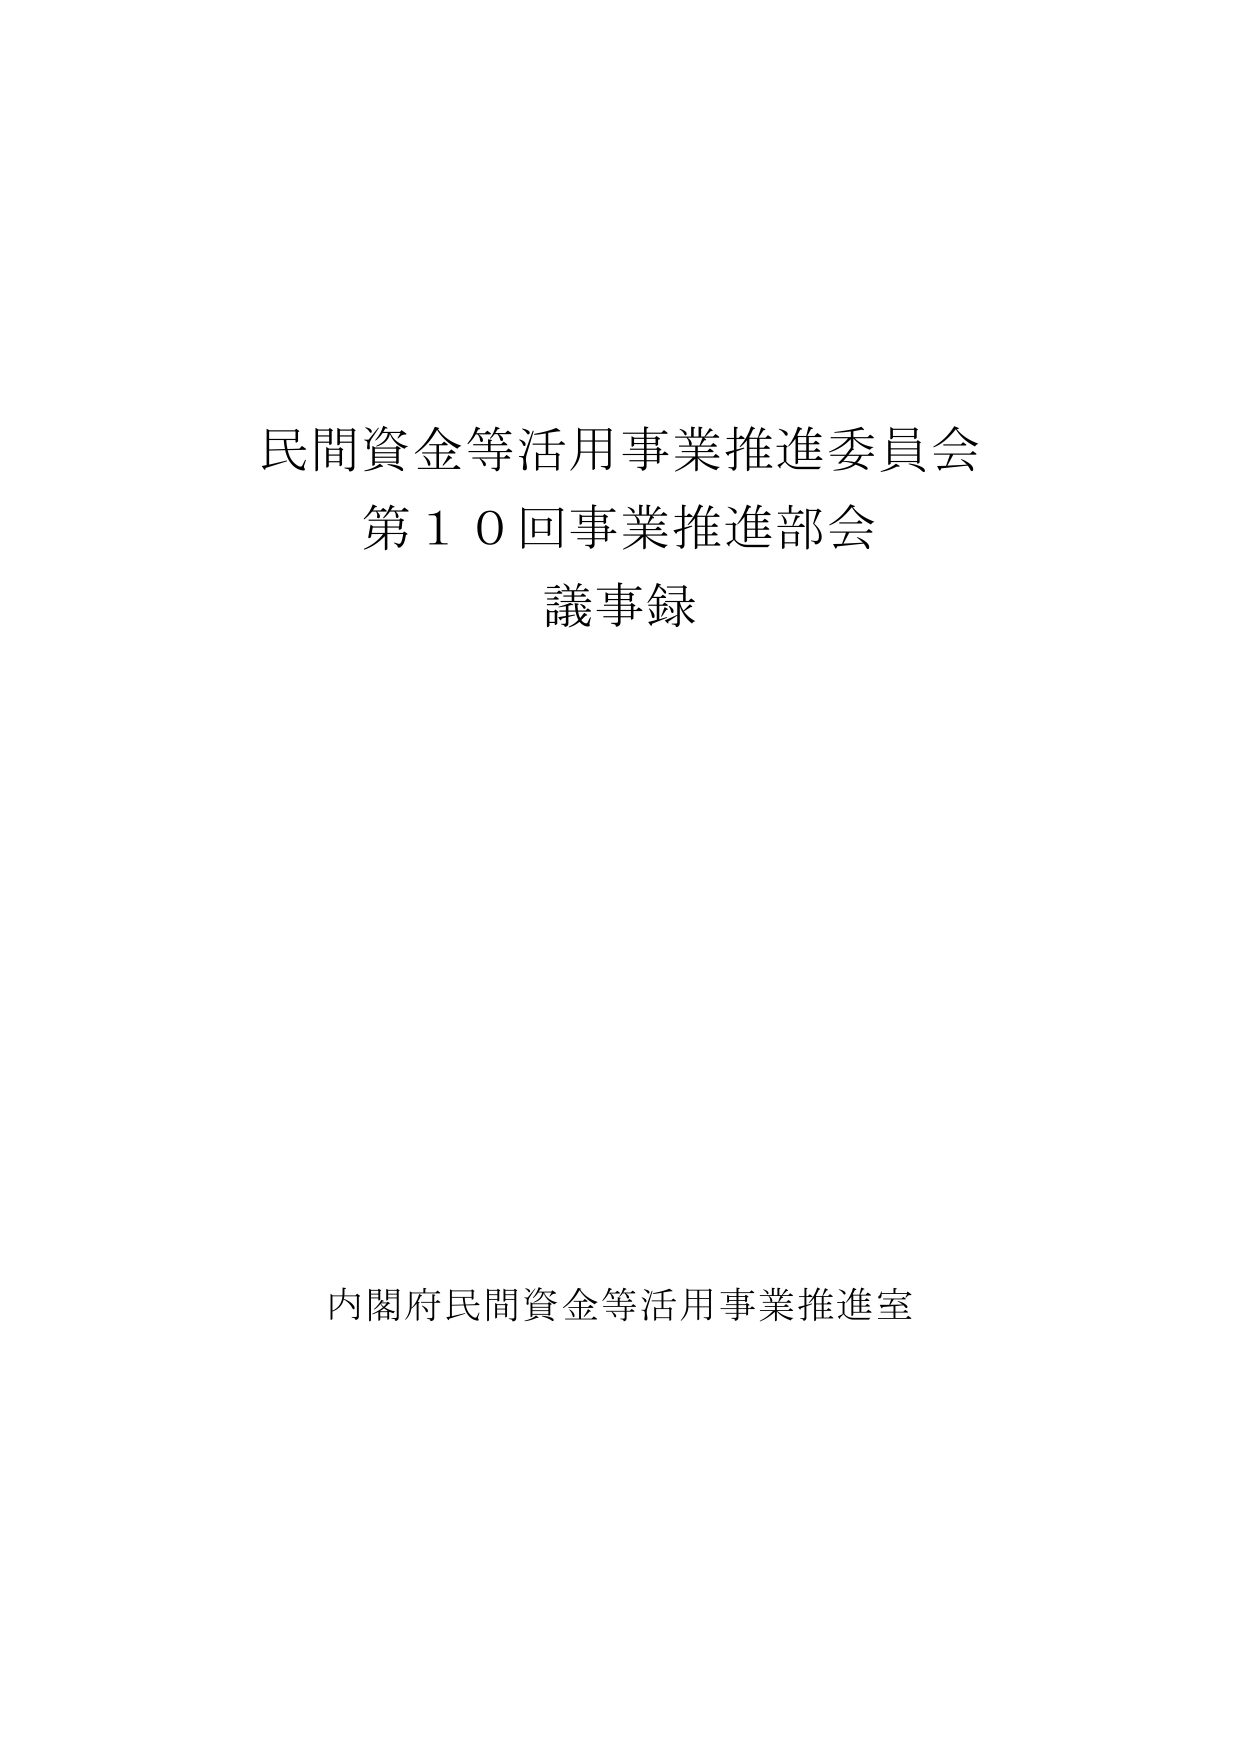
民間資金等活用事業推進委員会
第１０回事業推進部会
議事録

内閣府民間資金等活用事業推進室